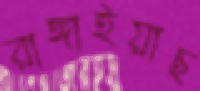
রাঙ্গাইয়াছ